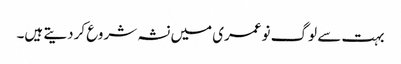
بہت سے لوگ نوعمری میں نشہ شروع کردیتے ہیں۔